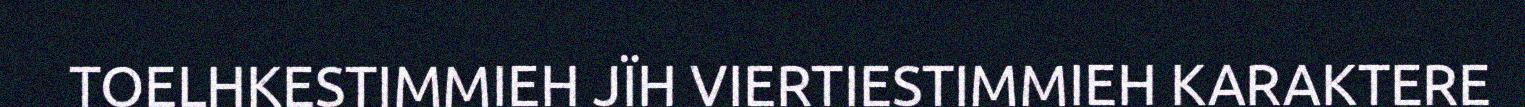
TOELHKESTIMMIEH JÏH VIERTIESTIMMIEH KARAKTERE